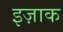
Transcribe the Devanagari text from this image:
इज़ाक